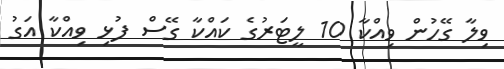
ވިލާ ގޭހުން ވިއްކާ 10 ލީޓަރުގެ ކައްކާ ގޭސް ފުޅި ވިއްކާ އަގު